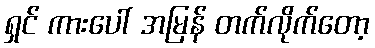
ရှင် ကားပေါ် အမြန် တက်လိုက်တော့